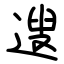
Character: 遚